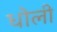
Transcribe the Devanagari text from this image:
धोली